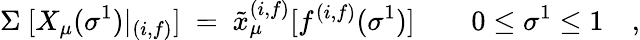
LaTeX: \Sigma~[X_{\mu}(\sigma^{1})|_{(i,f)}]~=~{\tilde{x}}_{\mu}^{(i,f)}[f^{(i,f)}(\sigma^{1})]\quad\quad 0\le\sigma^{1}\le 1\quad,